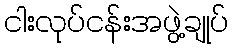
ငါးလုပ်ငန်းအဖွဲ့ချုပ်